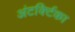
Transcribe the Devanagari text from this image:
अंटर्क्टिका